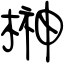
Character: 榊